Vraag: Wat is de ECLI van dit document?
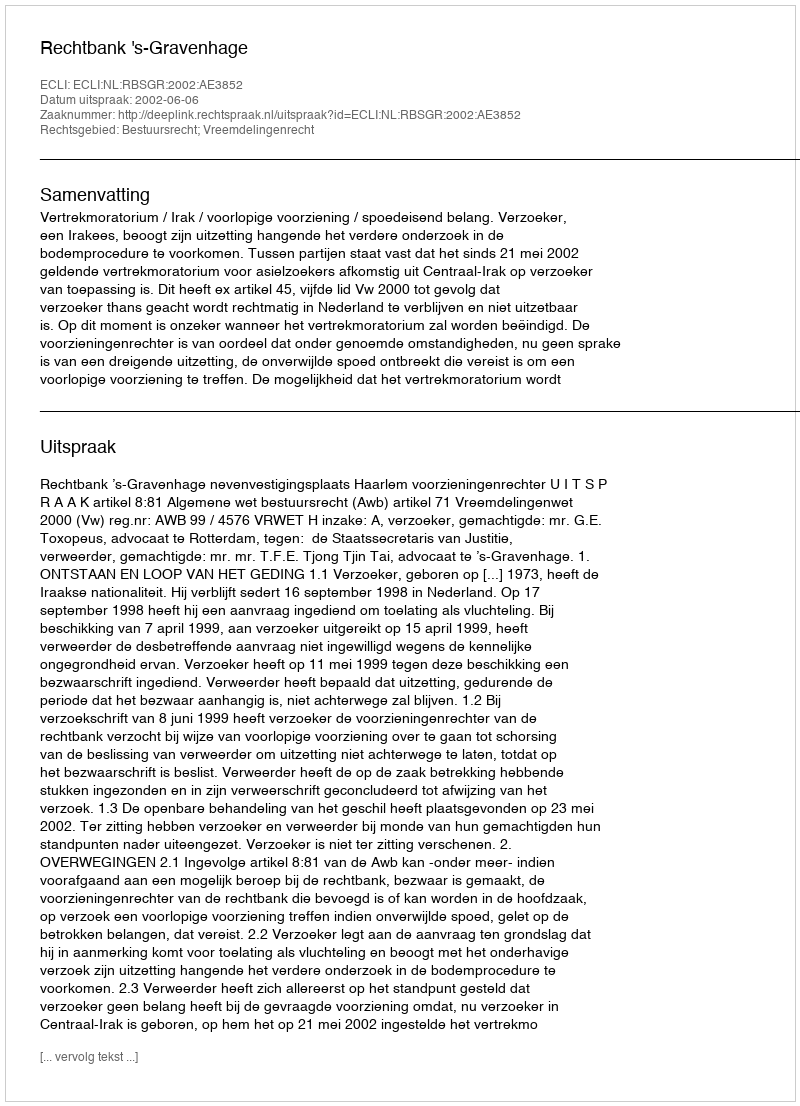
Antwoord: ECLI:NL:RBSGR:2002:AE3852